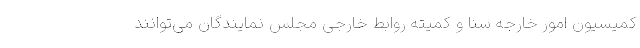
کمیسیون امور خارجه سنا و کمیته روابط خارجی مجلس نمایندگان می‌توانند